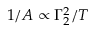
1 / A \propto { \Gamma _ { 2 } ^ { 2 } } / { T }